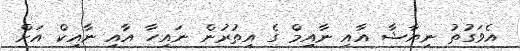
އެވަގުތު ނިޔާޝާ އާއި ނާއިމް ގެ އިތުރުން ނައިހާ އާއި ނާއިކް އަށް